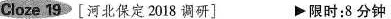
Cloze 19[河北保定 2018 调研] 限时:8 分钟